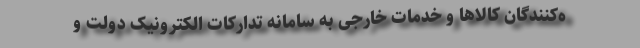
ه‌کنندگان کالاها و خدمات خارجی به سامانه تدارکات الکترونیک دولت و